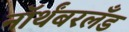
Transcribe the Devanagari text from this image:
नॉर्थंबरलँड